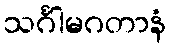
သင်္ဂါမဂတာနံ